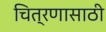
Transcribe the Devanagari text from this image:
चित्रणासाठी